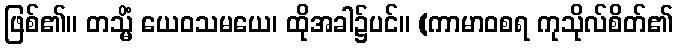
ဖြစ်၏။ တသ္မိံ ယေဝသမယေ၊ ထိုအခါ၌ပင်။ (ကာမာဝစရ ကုသိုလ်စိတ်၏